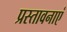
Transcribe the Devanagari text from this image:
प्रस्तावनाएं